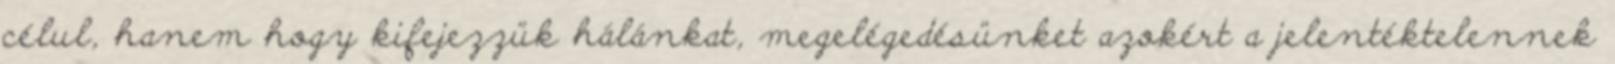
célul, hanem hogy kifejezzük hálánkat, megelégedésünket azokért a jelentéktelennek